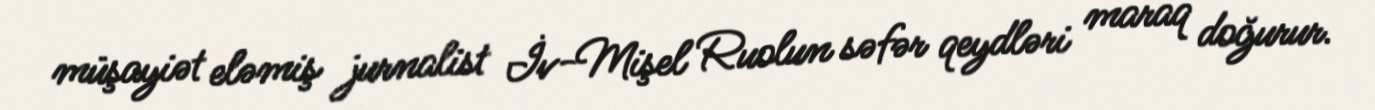
müşayiət eləmiş jurnalist İv-Mişel Ruolun səfər qeydləri maraq doğurur.